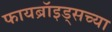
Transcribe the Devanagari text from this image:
फायब्रॉइड्सच्या